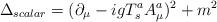
LaTeX: \begin{align*}\Delta_{scalar}=(\partial_{\mu}-igT^{a}_{s}A^{a}_{\mu})^{2}+m^{2}\end{align*}